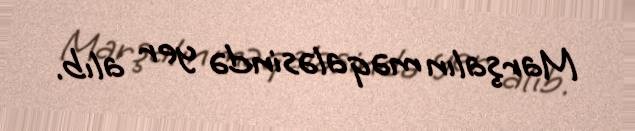
Marşalın məqaləsində yer alıb.